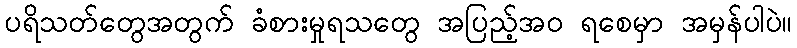
ပရိသတ်တွေအတွက် ခံစားမှုရသတွေ အပြည့်အဝ ရစေမှာ အမှန်ပါပဲ။